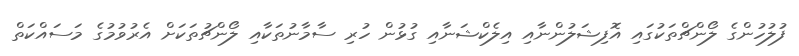
ފުލުހުންގެ ލޯންޗްތަކުގައި އޮފިޝަލުންނާއި އިލެކްޝަނާއި ގުޅުން ހުރި ސާމާނުތަކާއި ލޯންޗުތަކަށް އެރުވުމުގެ މަސައްކަތް